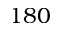
1 8 0